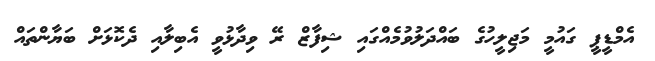
އެމްޑީޕީ ގައުމީ މަޖިލީހުގެ ބައްދަލުވުމެއްގައި ޝިފާޒް ރޭ ވިދާޅުވީ އެބިލާއި ދެކޮޅަށް ބަޔާންތައް